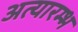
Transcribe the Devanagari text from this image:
अत्यारम्भ